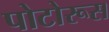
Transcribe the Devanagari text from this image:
पोटोरूस